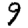
Digit: 9